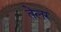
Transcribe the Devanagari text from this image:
तेलर